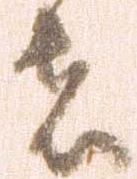
者